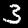
Label: 3